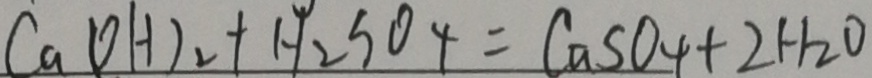
C a ( O H ) _ { 2 } + H _ { 2 } S O _ { 4 } = C a S O _ { 4 } + 2 H _ { 2 } O